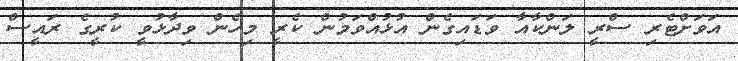
އަވަށްޓެރި ސްރީ ލަންކާއާ ވަޑައިގެން އުޅުއްވަމުން ކެރީ މިހެން ވިދާޅުވީ ކުރީގެ ރައީސް